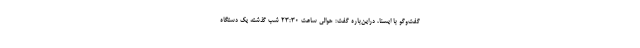
گفت‌وگو با ایسنا، دراین‌باره گفت:‌ حوالی ساعت ۲۳:۳۰ شب گذشته یک دستگاه